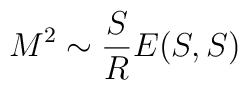
M^2 \sim \frac{S}{R} E(S, S)